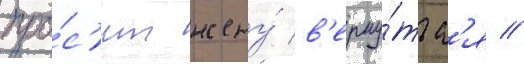
про́с'ит жену́ в'ерну́тьс'я //